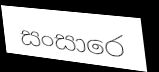
සංසාරෙ